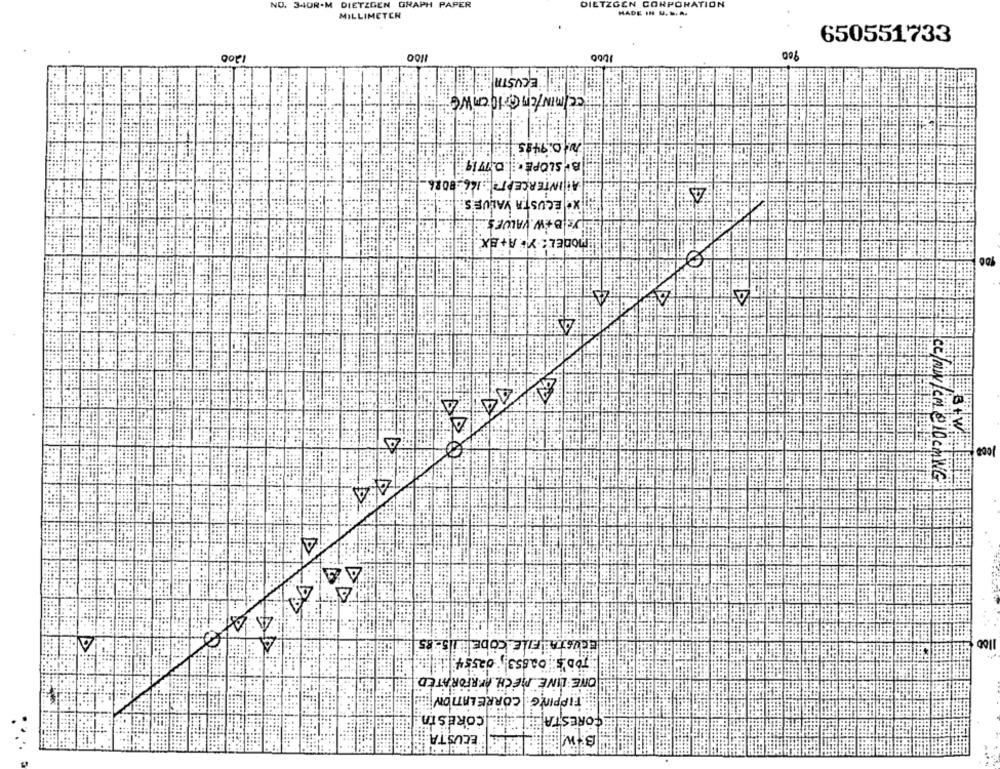
340R.M
DIETZGEN GRAPH PAPER
DIETZGEN CORPORATION
MILLIMETER
650551733
900
ECUSTRE
ceImINTCNG10CMWG
Ju. 0.9485
BY SLOPE : 0.7719
AHINTERCEPTE: 166_8086
X. ÉCUSTA VALUES
B+W.VALUES
MODEL: Y. A+EX
cc/W/Cm@10cmWG
AT
ECUSTA FILE CODE 1 3-85
100
TOD'S 00853 02554
ONE LINE MECH APERFORATED
TIPPING CORRELATION
CORESIA
FORESTALEL
: ECUSTA